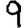
Digit: 9